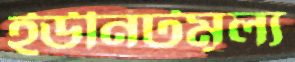
ইউনিটমূল্য